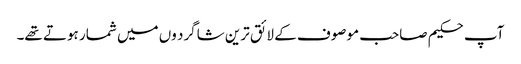
آپ حکیم صاحب موصوف کے لائق ترین شاگرد وں میں شمار ہوتے تھے۔